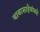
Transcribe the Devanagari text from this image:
बाबासाहेबांकडे